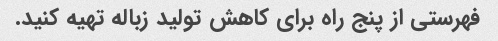
فهرستی از پنج راه برای کاهش تولید زباله تهیه کنید.